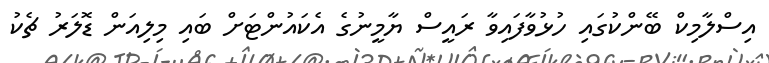
އިސްލާމިކް ބޭންކުގައި ހުޅުވާފައިވާ ރައީސް ޔާމީނުގެ އެކައުންޓަށް ބައި މިލިއަން ޑޮލަރު ޗެކު